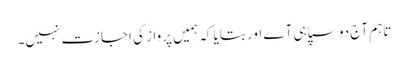
تاہم آج دو سپاہی آے اور بتایا کہ ہمیں پرواز کی اجازت نہیں۔